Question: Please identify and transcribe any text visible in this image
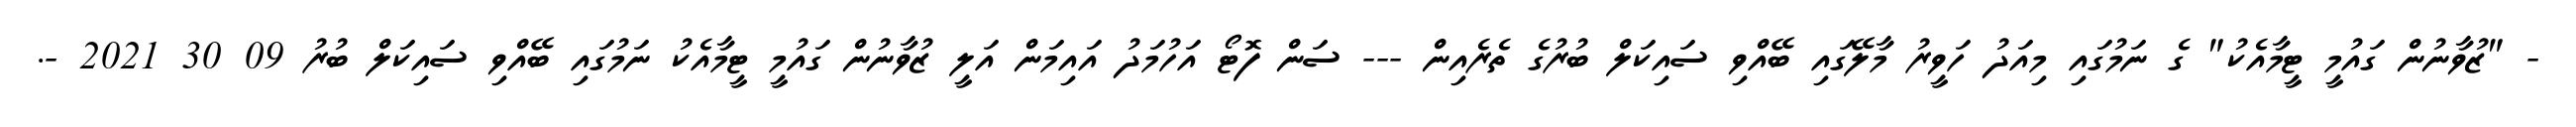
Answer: - "ޒުވާނުން ގައުމީ ޓީމާއެކު" ގެ ނަމުގައި މިއަދު ހަވީރު މާލޭގައި ބޭއްވި ސައިކަލް ބުރުގެ ތެރެއިން --- ސަން ފޮޓޯ އަހުމަދު އައިމަން އަލީ ޒުވާނުން ގައުމީ ޓީމާއެކު ނަމުގައި ބޭއްވި ސައިކަލް ބުރު 09 30 2021 -.